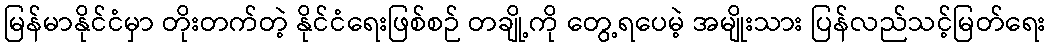
မြန်မာနိုင်ငံမှာ တိုးတက်တဲ့ နိုင်ငံရေးဖြစ်စဉ် တချို့ကို တွေ့ရပေမဲ့ အမျိုးသား ပြန်လည်သင့်မြတ်ရေး